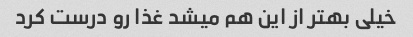
خیلی بهتر از این هم میشد غذا رو درست کرد